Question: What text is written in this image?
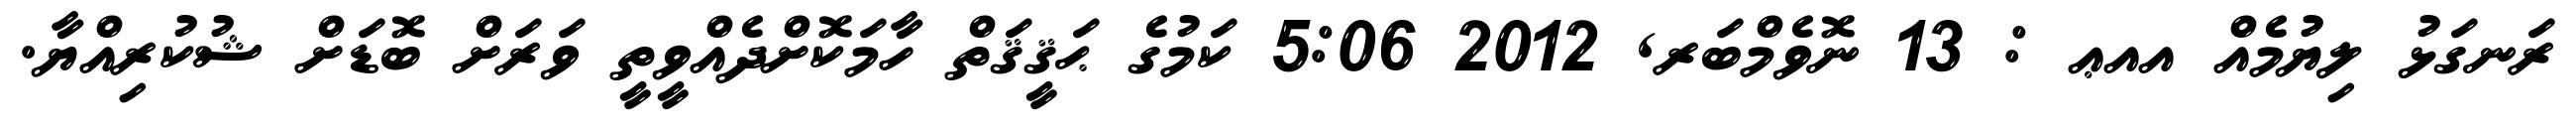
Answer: ރަނގަޅު ލިޔުމެއް އއޢ : 13 ނޮވެމްބަރ, 2012 5:06 ކަމުގެ ޙަޤީޤަތް ހާމަކޮށްދެއްވީތީ ވަރަށް ބޮޑަށް ޝުކުރިއްޔާ.